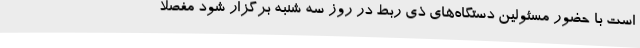
است با حضور مسئولین دستگاه‌های ذی ربط در روز سه شنبه برگزار شود مفصلا